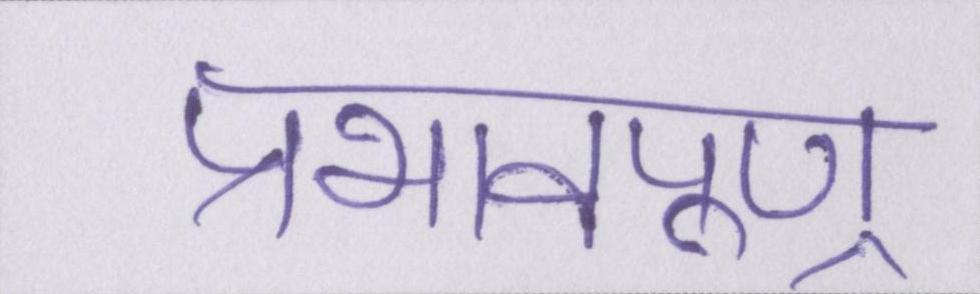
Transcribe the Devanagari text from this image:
प्रभावपूण्र